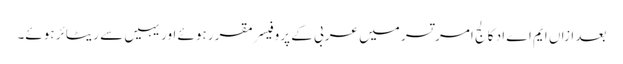
بعد ازاں ایم اے اد کالج امر تسر میں عربی کے پروفیسر مقرر ہوئے اور یہیں سے ریٹائر ہوئے۔